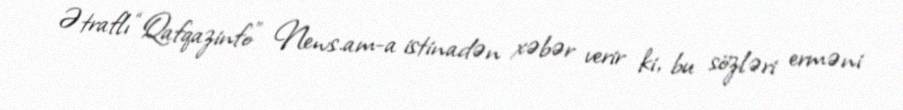
Ətraflı “Qafqazinfo” News.am-a istinadən xəbər verir ki, bu sözləri erməni